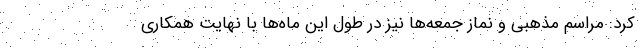
کرد: مراسم مذهبی و نماز جمعه‌ها نیز در طول این ماه‌ها با نهایت همکاری